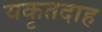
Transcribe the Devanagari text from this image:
यकृतदाह